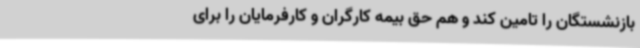
بازنشستگان را تامین کند و هم حق بیمه کارگران و کارفرمایان را برای